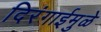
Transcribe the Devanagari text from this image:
दिरंगाईमुळे